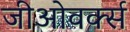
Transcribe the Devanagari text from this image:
जीओवर्क्स